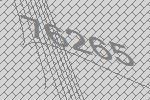
76265